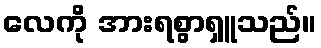
လေကို အားရစွာရှူသည်။